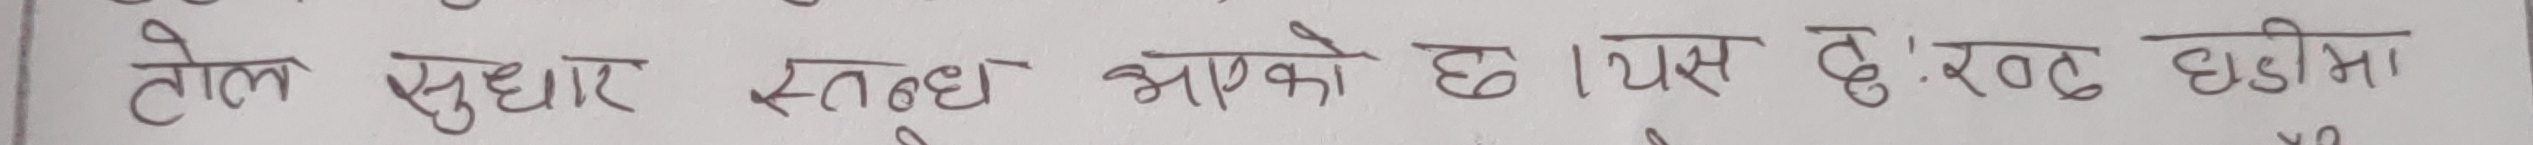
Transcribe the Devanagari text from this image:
तोल सुधार स्तब्ध भएको छ । यस बे .रगत घडीमा